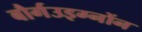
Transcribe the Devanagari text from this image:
बौर्गउइग्नोंन